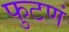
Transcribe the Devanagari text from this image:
फुटणं